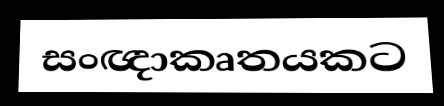
සංඥාකෘතයකට